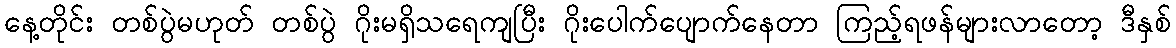
နေ့တိုင်း တစ်ပွဲမဟုတ် တစ်ပွဲ ဂိုးမရှိသရေကျပြီး ဂိုးပေါက်ပျောက်နေတာ ကြည့်ရဖန်များလာတော့ ဒီနှစ်